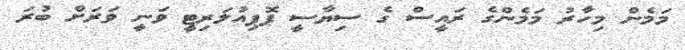
މަމެން މިހާރު މަމެންގެ ރައީސް ގެ ސިޔާސީ ޕޮޕިއުލަރިޓީ ވަނީ ވަރަށް ބުރަ